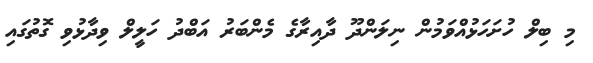
މި ބިލް ހުށަހަޅުއްވަމުން ނިލަންދޫ ދާއިރާގެ މެންބަރު އަބްދު ހަލީލް ވިދާޅުވި ގޮތުގައި